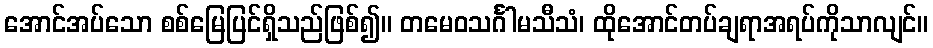
အောင်အပ်သော စစ်မြေပြင်ရှိသည်ဖြစ်၍။ တမေဝသင်္ဂါမသီသံ၊ ထိုအောင်တပ်ချရာအရပ်ကိုသာလျင်။